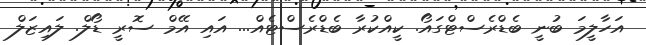
އަހާލީމަ ބުނީ ބެޑްރެސްޓްގައޯ. ކީއްކުރާ ބެޑްރެސްޓެއް... އައި އޭމް ސޮރީ ޑޯލް. ލައިޒަލް